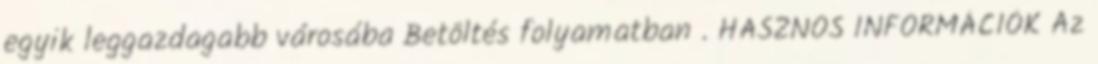
egyik leggazdagabb városába Betöltés folyamatban . HASZNOS INFORMÁCIÓK Az